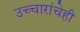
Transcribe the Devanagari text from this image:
उच्चारांचेही